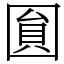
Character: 圎